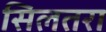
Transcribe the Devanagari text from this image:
सिलतरा